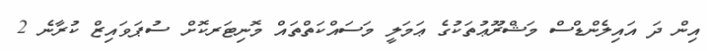
އިން ދަ އައިލެންޑްސް މަޝްރޫޢުތަކުގެ ޢަމަލީ މަސައްކަތްތައް މޮނިޓަރކޮށް ސުޕަވައިޒް ކުރާނެ 2